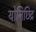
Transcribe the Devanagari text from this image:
योनिछिद्र